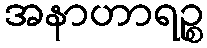
အနာဟာရဉ္စ